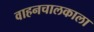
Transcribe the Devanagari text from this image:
वाहनचालकाला